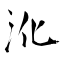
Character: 沎